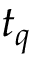
t _ { q }